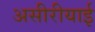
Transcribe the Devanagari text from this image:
असीरीयाई